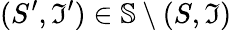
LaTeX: (S^{\prime},\mathfrak{I}^{\prime})\in\mathbb{{S}}\setminus{(S,\mathfrak{I})}